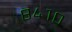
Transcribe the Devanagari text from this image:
८४१०